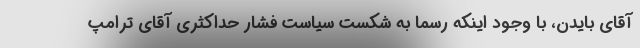
آقای بایدن، با وجود اینکه رسما به شکست سیاست فشار حداکثری آقای ترامپ